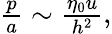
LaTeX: \begin{array}{r}{\frac{p}{a}\sim\frac{\eta_{0}u}{h^{2}},}\end{array}